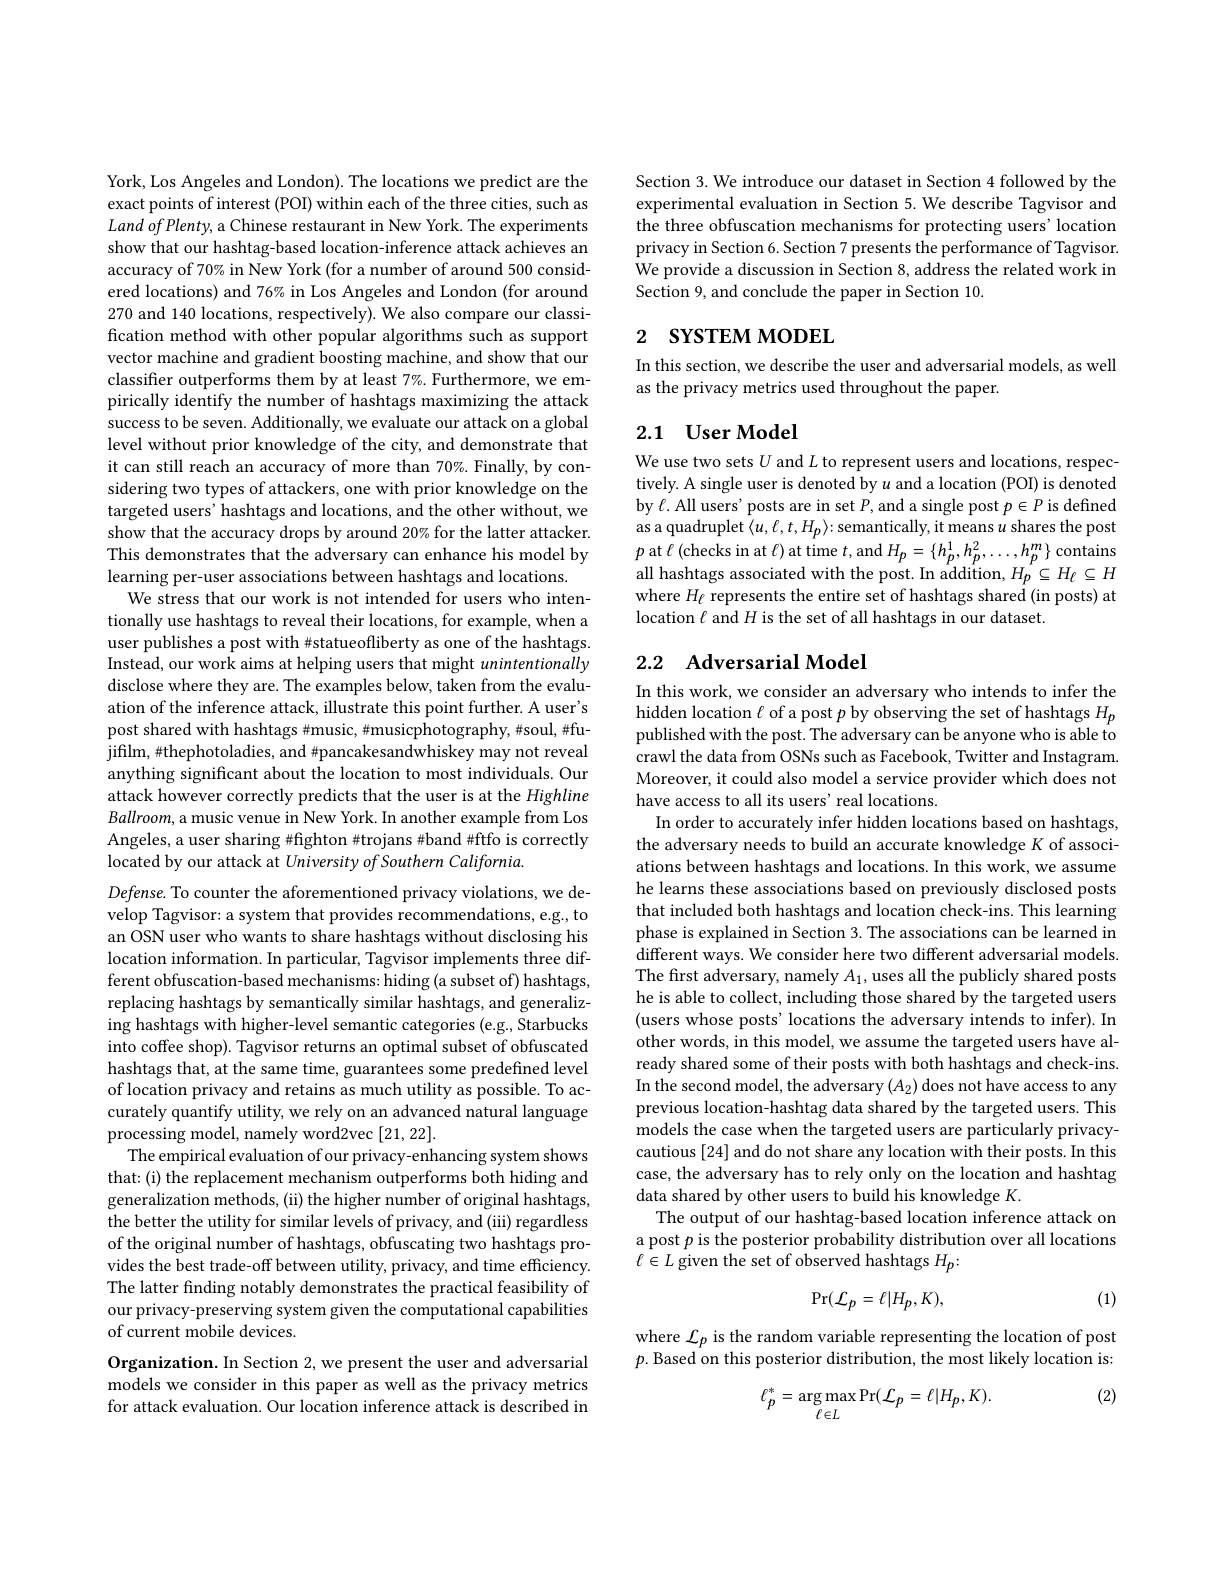
York, Los Angeles and London). The locations we predict are the exact points of interest (POI) within each of the three cities, such as $LandofPlenty$, a Chinese restaurant in New York. The experiments show that our hashtag-based location-inference attack achieves an accuracy of 70% in New York (for a number of around 500 considered locations) and 76% in Los Angeles and London (for around 270 and 140 locations, respectively). We also compare our classification method with other popular algorithms such as support vector machine and gradient boosting machine, and show that our classifier outperforms them by at least 7%. Furthermore, we empirically identify the number of hashtags maximizing the attack success to be seven. Additionally, we evaluate our attack on a global level without prior knowledge of the city, and demonstrate that it can still reach an accuracy of more than 70%. Finally, by considering two types of attackers, one with prior knowledge on the targeted users' hashtags and locations, and the other without, we show that the accuracy drops by around 20% for the latter attacker. This demonstrates that the adversary can enhance his model by learning per-user associations between hashtags and locations.
We stress that our work is not intended for users who intentionally use hashtags to reveal their locations, for example, when a user publishes a post with #statueofliberty as one of the hashtags. Instead, our work aims at helping users that might unintentionally disclose where they are. The examples below, taken from the evaluation of the inference attack, illustrate this point further. A user's post shared with hashtags #music, #musicphotography, #soul, #fujifilm, #thephotoladies, and #pancakesandwhiskey may not reveal anything significant about the location to most individuals. Our attack however correctly predicts that the user is at the Highline $Ballroom$, a music venue in New York. In another example from Los Angeles, a user sharing #fighton #trojans #band #fffo is correctly located by our attack at University of Southern California.
Defense. To counter the aforementioned privacy violations, we develop Tagvisor: a system that provides recommendations, e.g., to an OSN user who wants to share hashtags without disclosing his location information. In particular, Tagvisor implements three different obfuscation-based mechanisms: hiding (a subset of) hashtags, replacing hashtags by semantically similar hashtags, and generalizing hashtags with higher-level semantic categories (e.g., Starbucks into coffee shop). Tagvisor returns an optimal subset of obfuscated hashtags that, at the same time, guarantees some predefined level of location privacy and retains as much utility as possible. To accurately quantify utility, we rely on an advanced natural language processing model, namely word2vec [21,22].
The empirical evaluation of our privacy-enhancing system shows that:(i) the replacement mechanism outperforms both hiding and generalization methods, (ii) the higher number of original hashtags, the better the utility for similar levels of privacy, and (iii) regardless of the original number of hashtags, obfuscating two hashtags provides the best trade-off between utility, privacy, and time efficiency. The latter finding notably demonstrates the practical feasibility of our privacy-preserving system given the computational capabilities of current mobile devices.
Organization. In Section 2, we present the user and adversarial models we consider in this paper as well as the privacy metrics for attack evaluation. Our location inference attack is described in

Section 3. We introduce our dataset in Section 4 followed by the experimental evaluation in Section 5.We describe Tagvisor and the three obfuscation mechanisms for protecting users' location privacy in Section 6. Section 7 presents the performance of Tagvisor. We provide a discussion in Section 8, address the related work in Section 9, and conclude the paper in Section 10.

# 2 SYSTEM MODEL

In this section, we describe the user and adversarial models, as well
as the privacy metrics used throughout the paper.

## 2.1 User Model

We use two sets $U$ and $L$ to represent users and locations, respectively. A single user is denoted by $u$ and a location (POI) is denoted by $\ell.$ All users' posts are in set $P$,and a single post $p\in P$ is defined as a quadruplet $\langle u,\ell,t,H_p\rangle{:}$semantically, it means $u$ shares the post $p$ at $\ell$ (checks in at $\ell)$ at time $t$,and $H_p=\{h_p^1,h_p^2,\ldots,h_p^m\}$ contains all hashtags associated with the post. In addition, $H_{p}^{P}\subseteq H_{\ell}\subseteq H$ where $H_\ell$ represents the entire set of hashtags shared (in posts) at location $\ell$ and $H$ is the set of all hashtags in our dataset.

# 2.2 Adversarial Model

In this work, we consider an adversary who intends to infer the hidden location $\ell$ of a post $p$ by observing the set of hashtags $H_p$ published with the post. The adversary can be anyone who is able to crawl the data from OSNs such as Facebook, Twitter and Instagram. Moreover, it could also model a service provider which does not have access to all its users' real locations.
In order to accurately infer hidden locations based on hashtags, the adversary needs to build an accurate knowledge $K$ of associations between hashtags and locations. In this work, we assume he learns these associations based on previously disclosed posts that included both hashtags and location check-ins. This learning phase is explained in Section 3. The associations can be learned in different ways. We consider here two different adversarial models The first adversary, namely $A_1$, uses all the publicly shared posts he is able to collect, including those shared by the targeted users (users whose posts' locations the adversary intends to infer). In other words, in this model, we assume the targeted users have already shared some of their posts with both hashtags and check-ins. In the second model, the adversary $(A_2)$ does not have access to any previous location-hashtag data shared by the targeted users. This models the case when the targeted users are particularly privacycautious [24] and do not share any location with their posts. In this case, the adversary has to rely only on the location and hashtag data shared by other users to build his knowledge K.
The output of our hashtag-based location inference attack on a post $p$ is the posterior probability distribution over all locations $\ell\in L$ given the set of observed hashtags $H_p:$

(1)
$$\mathrm{Pr}(\mathcal{L}_{p}=\ell|H_{p},K),$$
where $\mathcal{L}_p$ is the random variable representing the location of post $p.$ Based on this posterior distribution, the most likely location is:

(2)
$$\ell_{p}^{*}=\arg\max_{\ell\in L}\Pr(\mathcal{L}_{p}=\ell|H_{p},K).$$